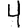
Digit: 4